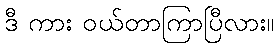
ဒီ ကား ဝယ်တာကြာပြီလား။